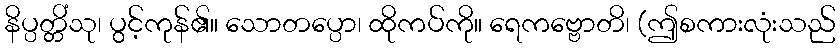
နိပ္ပတ္တိံသု၊ ပွင့်ကုန်၏။ သောတပ္ပော၊ ထိုကပ်ကို။ ရေကဗ္ဗောတိ၊ (ဤစကားလုံးသည်